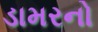
ડામરનો